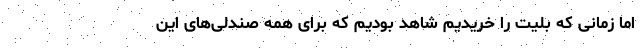
اما زمانی که بلیت را خریدیم شاهد بودیم که برای همه صندلی‌های این